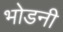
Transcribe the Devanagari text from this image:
भोडनी